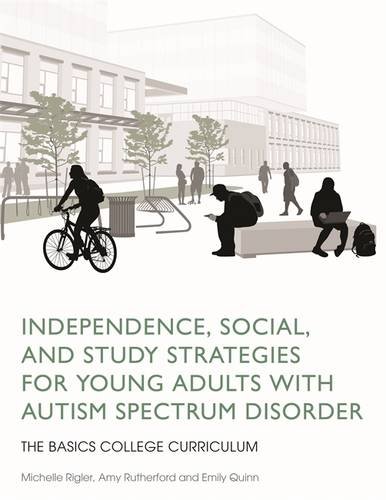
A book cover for Independence, Social, and Study Strategies for Young Adults with Autism Spectrum Disorder: The BASICS College Curriculum; Amy Rutherford; Education & Teaching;